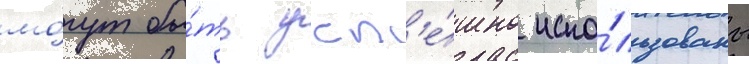
мо́гут бы́ть усп'е́шно испо́льзованы